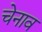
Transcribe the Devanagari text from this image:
चेनाव